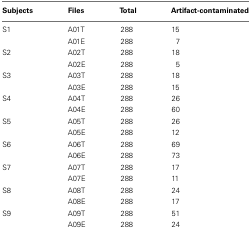
<table><thead><tr><td><b>Subjects</b></td><td><b>Files</b></td><td><b>Total</b></td><td><b>Artifact-contaminated</b></td></tr></thead><tbody><tr><td>S1</td><td>A01T</td><td>288</td><td>15</td></tr><tr><td></td><td>A01E</td><td>288</td><td> 7</td></tr><tr><td>S2</td><td>A02T</td><td>288</td><td>18</td></tr><tr><td></td><td>A02E</td><td>288</td><td> 5</td></tr><tr><td>S3</td><td>A03T</td><td>288</td><td>18</td></tr><tr><td></td><td>A03E</td><td>288</td><td>15</td></tr><tr><td>S4</td><td>A04T</td><td>288</td><td>26</td></tr><tr><td></td><td>A04E</td><td>288</td><td>60</td></tr><tr><td>S5</td><td>A05T</td><td>288</td><td>26</td></tr><tr><td></td><td>A05E</td><td>288</td><td>12</td></tr><tr><td>S6</td><td>A06T</td><td>288</td><td>69</td></tr><tr><td></td><td>A06E</td><td>288</td><td>73</td></tr><tr><td>S7</td><td>A07T</td><td>288</td><td>17</td></tr><tr><td></td><td>A07E</td><td>288</td><td>11</td></tr><tr><td>S8</td><td>A08T</td><td>288</td><td>24</td></tr><tr><td></td><td>A08E</td><td>288</td><td>17</td></tr><tr><td>S9</td><td>A09T</td><td>288</td><td>51</td></tr><tr><td></td><td>A09E</td><td>288</td><td>24</td></tr></tbody></table>